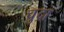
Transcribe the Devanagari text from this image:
चुद्रा